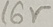
Text: 16V